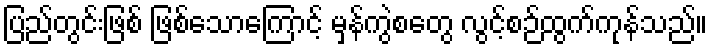
ပြည်တွင်းဖြစ် ဖြစ်သောကြောင့် မှန်ကွဲစတွေ လွင့်စဉ်ထွက်ကုန်သည်။